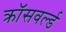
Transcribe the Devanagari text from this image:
क्रॉसवर्ल्ड